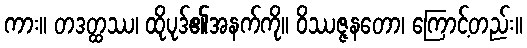
ကား။ တဒတ္ထဿ၊ ထိုပုဒ်၏အနက်ကို။ ဝိဿဇ္ဇနတော၊ ကြောင့်တည်း။